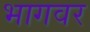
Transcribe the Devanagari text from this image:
भागवर